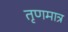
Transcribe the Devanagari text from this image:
तृणमात्र